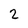
Character: 2